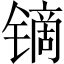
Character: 镝